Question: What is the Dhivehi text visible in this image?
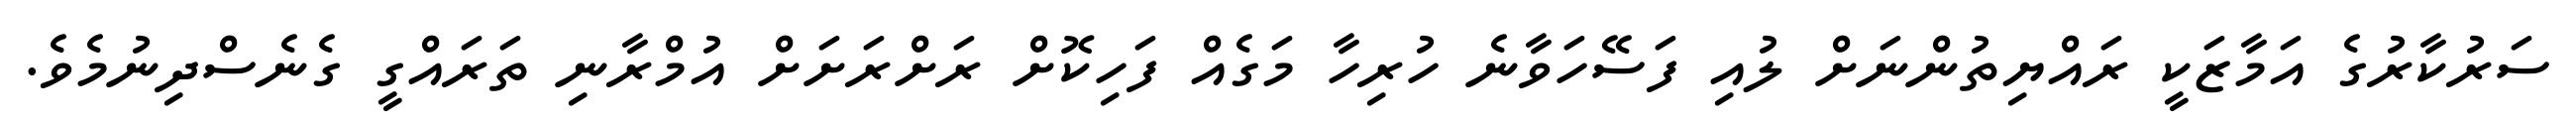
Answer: ސަރުކާރުގެ އަމާޒަކީ ރައްޔިތުންނަށް ލުއި ފަސޭހަވާނެ ހުރިހާ މަގެއް ފަހިކޮށް ރަށްރަށަށް އުމްރާނި ތަރައްގީ ގެނެސްދިނުމެވެ.